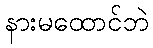
နားမထောင်ဘဲ